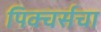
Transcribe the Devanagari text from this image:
पिक्चर्सचा